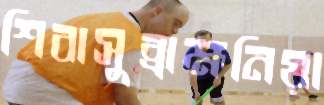
শিবাসুব্রাহ্মনিয়া